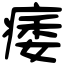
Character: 痿